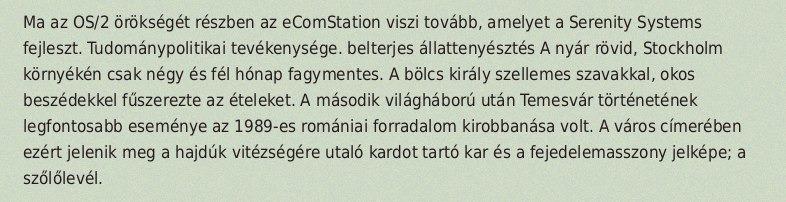
Ma az OS/2 örökségét részben az eComStation viszi tovább, amelyet a Serenity Systems fejleszt. Tudománypolitikai tevékenysége. belterjes állattenyésztés A nyár rövid, Stockholm környékén csak négy és fél hónap fagymentes. A bölcs király szellemes szavakkal, okos beszédekkel fűszerezte az ételeket. A második világháború után Temesvár történetének legfontosabb eseménye az 1989-es romániai forradalom kirobbanása volt. A város címerében ezért jelenik meg a hajdúk vitézségére utaló kardot tartó kar és a fejedelemasszony jelképe; a szőlőlevél.